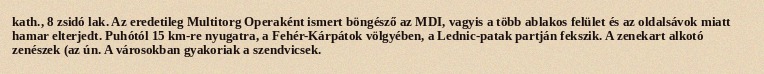
kath., 8 zsidó lak. Az eredetileg Multitorg Operaként ismert böngésző az MDI, vagyis a több ablakos felület és az oldalsávok miatt hamar elterjedt. Puhótól 15 km-re nyugatra, a Fehér-Kárpátok völgyében, a Lednic-patak partján fekszik. A zenekart alkotó zenészek (az ún. A városokban gyakoriak a szendvicsek.